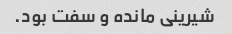
شیرینی مانده و سفت بود.